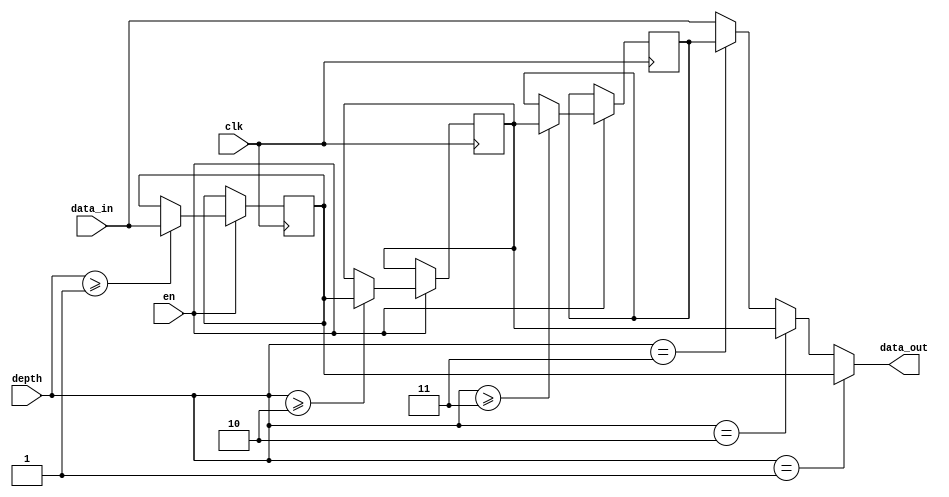
module bypass_register (
   input wire clk,
   input wire en,
   input wire [7:0] depth,
   input wire [7:0] data_in,
   output reg [7:0] data_out
);

reg [7:0] reg1;
reg [7:0] reg2;
reg [7:0] reg3;
//Add more registers as needed based on depth requirements

always @ (posedge clk) begin
   if (en) begin
       if (depth >= 1) begin
           reg1 <= data_in;
       end
       if (depth >= 2) begin
           reg2 <= reg1;
       end
       if (depth >= 3) begin
           reg3 <= reg2;
       end
       //Add more register assignments based on depth requirements
  end
end

assign data_out = (depth == 1) ? reg1 :
                  (depth == 2) ? reg2 :
                  (depth == 3) ? reg3 :
                  //Add more assignments based on depth requirements
                  data_in;

endmodule